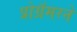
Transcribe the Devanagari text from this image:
प्रोग्रॅमरने